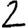
Digit: 2